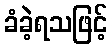
ခံခဲ့ရသဖြင့်